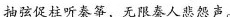
抽弦促柱听秦筝，无限秦人悲怨声。